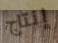
إنتاج